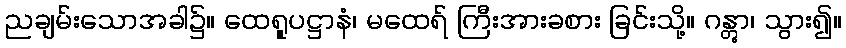
ညချမ်းသောအခါ၌။ ထေရူပဋ္ဌာနံ၊ မထေရ် ကြီးအားခစား ခြင်းသို့။ ဂန္တွာ၊ သွား၍။